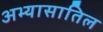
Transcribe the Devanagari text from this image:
अभ्यासातिल